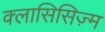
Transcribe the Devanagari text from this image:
क्लासिसिज़्म